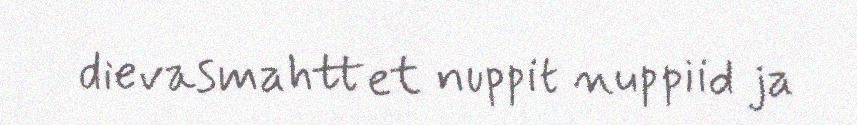
dievasmahttet nuppit nuppiid ja